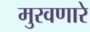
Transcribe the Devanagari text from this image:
मुरवणारे